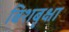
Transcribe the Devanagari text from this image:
बिशबृक्षा